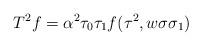
LaTeX: \begin{align*}T^2f = \alpha^2 \tau_0 \tau_1 f(\tau^2, w \sigma \sigma_1)\end{align*}